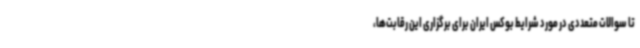
تا سوالات متعددی در مورد شرایط بوکس ایران برای برگزاری این رقابت‌ها،